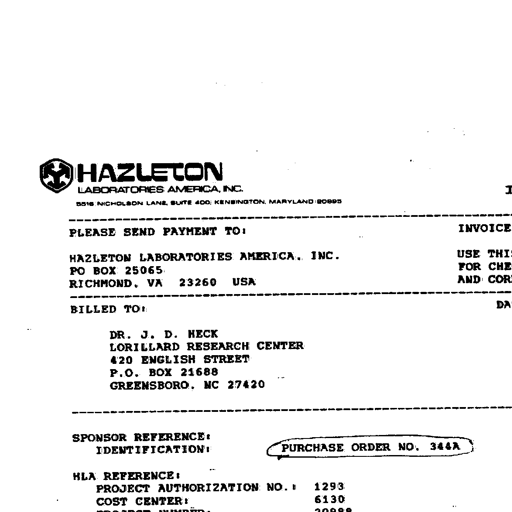
HAZLETON
LABORATORIES AMERICA, INC.
9200 LEESBURG PIKE, VIENNA, VIRGINIA 22180
PLEASE SEND PAYMENT TO:
HAZLETON LABORATORIES AMERICA, INC.
PO BOX 25065
RICHMOND, VA 23260 USA
BILLED TO:
DR. J. D. HECK
LORILLARD RESEARCH CENTER
420 ENGLISH STREET
P.O. BOX 21688
GREENSBORO, NC 27420
SPONSOR REFERENCE:
IDENTIFICATION:
PURCHASE ORDER NO. 344A
HLA REFERENCE:
PROJECT AUTHORIZATION NO.: 1293
COST CENTER: 6130